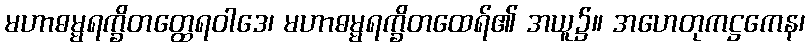
မဟာဓမ္မရက္ခိတတ္ထေရဝါဒေ၊ မဟာဓမ္မရက္ခိတထေရ်၏ အယူ၌။ အဟေတုကဋ္ဌကေန၊